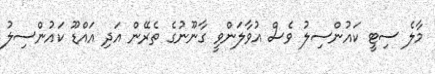
މާލެ ސިޓީ ކައުންސިލު ވެސް އުވާލަންވީ ގާނޫނުގެ ތެރޭން އަދި އައްޑޫ ކައުންސިލު